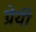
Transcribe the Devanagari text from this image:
ग्रेयी